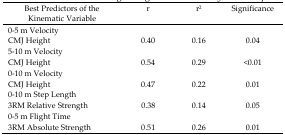
<table><thead><tr><td><b>Best Predictors of the Kinematic Variable</b></td><td><b>r</b></td><td><b>r<sup>2</sup></b></td><td><b>Significance</b></td></tr></thead><tbody><tr><td colspan="4">0–5 m Velocity</td></tr><tr><td>CMJ Height</td><td>0.40</td><td>0.16</td><td>0.04</td></tr><tr><td colspan="4">5–10 m Velocity</td></tr><tr><td>CMJ Height</td><td>0.54</td><td>0.29</td><td>&lt;0.01</td></tr><tr><td colspan="4">0–10 m Velocity</td></tr><tr><td>CMJ Height</td><td>0.47</td><td>0.22</td><td>0.01</td></tr><tr><td colspan="4">0–10 m Step Length</td></tr><tr><td>3RM Relative Strength</td><td>0.38</td><td>0.14</td><td>0.05</td></tr><tr><td colspan="4">0–5 m Flight Time</td></tr><tr><td>3RM Absolute Strength</td><td>0.51</td><td>0.26</td><td>0.01</td></tr></tbody></table>